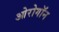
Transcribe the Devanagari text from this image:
ओरोगॉन